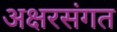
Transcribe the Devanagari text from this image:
अक्षरसंगत